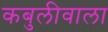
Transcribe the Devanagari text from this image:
कबुलीवाला